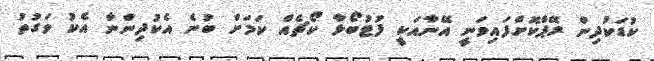
ކުޑަކުދިން ރޭޕްކޮށްފައިވަނީ އޭނާއަކީ ފުޓުބޯޅާ ކޯޗެއް ކަމަށް ބުނެ އެކުދިންނާ އެކު ވަގުތު